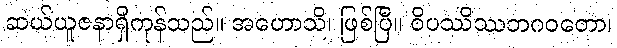
ဆယ်ယူဇနာရှိကုန်သည်။ အဟောသိ၊ ဖြစ်ပြီ။ ဝိပဿိဿဘဂဝတော၊